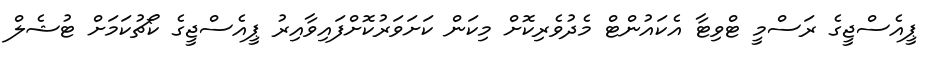
ޕީއެސްޖީގެ ރަސްމީ ޓްވިޓާ އެކައުންޓް މެދުވެރިކޮށް މިކަން ކަށަވަރުކޮށްފައިވާއިރު ޕީއެސްޖީގެ ކޯޗުކަމަށް ޓުޝެލް